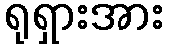
ရုရှားအား